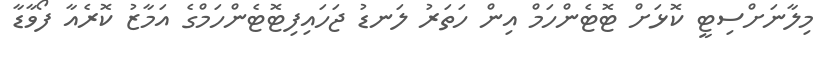
މިލާނަށްސިޓީ ކޮޅަށް ޓޮޓެންހަމް އިން ހަތަރު ލަނޑު ޖަހައިފިޓޮޓެންހަމްގެ އަމާޒު ކޮރެއާ ފޯވާޑާ